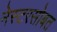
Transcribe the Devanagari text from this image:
नेस्टरसोबत